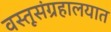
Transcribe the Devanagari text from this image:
वस्तूसंग्रहालयात